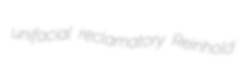
unifacial reclamatory Reinhold